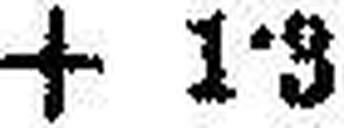
+ 1·3